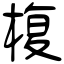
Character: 椱